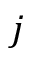
j